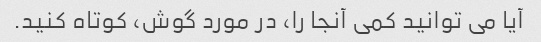
آیا می توانید کمی آنجا را، در مورد گوش، کوتاه کنید.